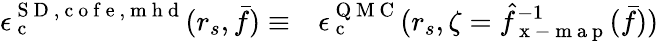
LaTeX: \begin{array}{rl}{\epsilon_{\mathrm{~c~}}^{{\mathrm{~S~D~}},\mathrm{~c~o~f~e~},\mathrm{~m~h~d~}}(r_{s},\bar{f})\equiv}&{{}\epsilon_{\mathrm{~c~}}^{\mathrm{~Q~M~C~}}(r_{s},\zeta=\hat{f}_{\mathrm{~x~-~m~a~p~}}^{-1}(\bar{f}))}\end{array}